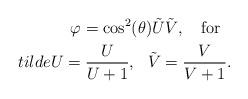
LaTeX: \begin{align*}\varphi=\cos^2(\theta)\tilde U\tilde V,\ \ \ {\rm for}\ \ \\tilde U=\frac{U}{U+1},\ \ \tilde V=\frac{V}{V+1}.\end{align*}